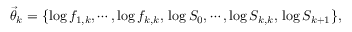
\ensuremath { \vec { \theta } } _ { k } = \{ \log f _ { 1 , k } , \cdots , \log f _ { k , k } , \, \log S _ { 0 } , \cdots , \log S _ { k , k } , \, \log S _ { k + 1 } \} ,